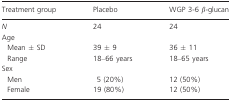
<table><thead><tr><td><b>Treatment group</b></td><td><b>Placebo</b></td><td><b>WGP 3-6 β-glucan</b></td></tr></thead><tbody><tr><td><i>N</i></td><td>24</td><td>24</td></tr><tr><td>Age</td><td></td><td></td></tr><tr><td> Mean ± SD</td><td>39 ±9</td><td>36 ± 11</td></tr><tr><td> Range</td><td>18–66 years</td><td>18–65 years</td></tr><tr><td>Sex</td><td></td><td></td></tr><tr><td> Men</td><td>5 (20%)</td><td>12 (50%)</td></tr><tr><td> Female</td><td>19 (80%)</td><td>12 (50%)</td></tr></tbody></table>